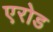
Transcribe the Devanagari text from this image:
एरोड